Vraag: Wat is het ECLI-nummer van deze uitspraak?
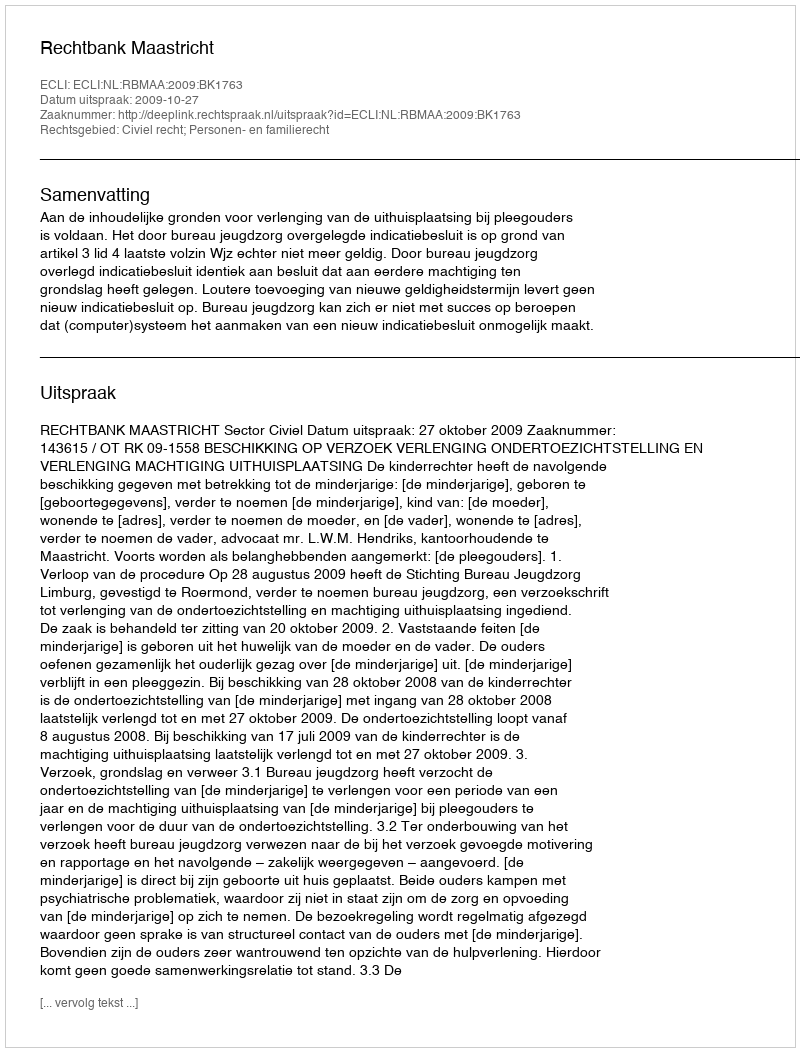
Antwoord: ECLI:NL:RBMAA:2009:BK1763